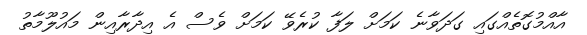
އާއްމުގޮތެއްގައި ގަދަވާނެ ކަމަށް ލަފާ ކުރެވޭ ކަމަށް ވެސް އެ އިދާރާއިން މައުލޫމާތު